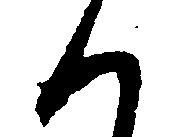
く